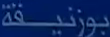
بوزنيفة